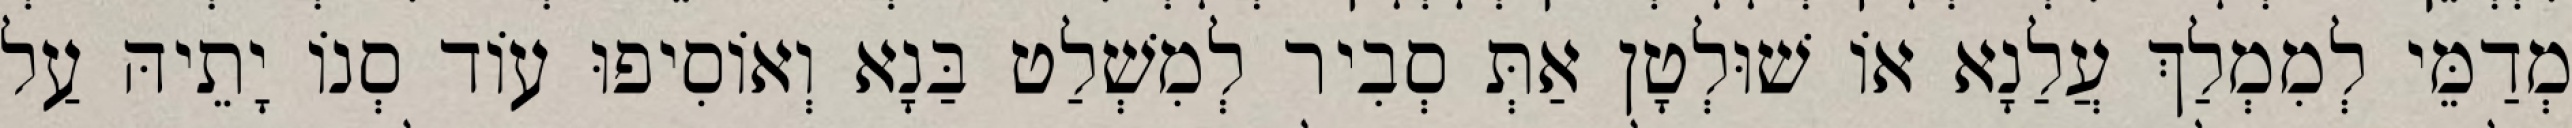
מְדַמֵּי לְמִמְלַךְ עֲלַנָא אוֹ שׁוּלְטָן אַתְּ סְבִיר לְמִשְׁלַט בַּנָא וְאוֹסִיפוּ עוֹד סְנוֹ יָתֵיהּ עַל